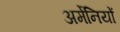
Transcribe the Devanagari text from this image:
अर्मेनियों